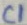
Text: C1